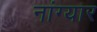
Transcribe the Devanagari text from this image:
नांग्यार